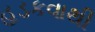
હડકવાથી